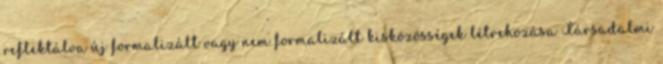
reflektálva új formalizált vagy nem formalizált kisközösségek létrehozása Társadalmi